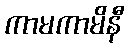
ကာမကာမိနီ